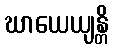
ဃာယေယျန္တိ